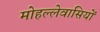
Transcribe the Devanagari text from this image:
मोहल्लेवासियों